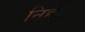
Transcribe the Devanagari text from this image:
निहेखू